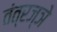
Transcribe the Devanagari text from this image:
तंत्रज्ञे